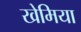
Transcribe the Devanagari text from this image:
खेमिया